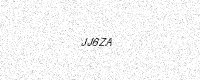
Text: JJ6ZA